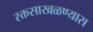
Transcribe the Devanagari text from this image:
रक्तसाखळण्यास